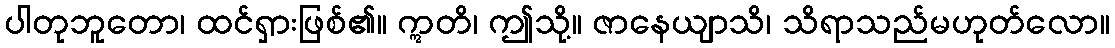
ပါတုဘူတော၊ ထင်ရှားဖြစ်၏။ ဣတိ၊ ဤသို့။ ဇာနေယျာသိ၊ သိရာသည်မဟုတ်လော။